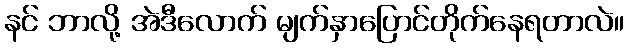
နင် ဘာလို့ အဲဒီလောက် မျက်နှာပြောင်တိုက်နေရတာလဲ။